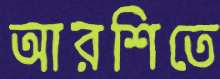
আরশিতে